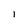
Character: 1